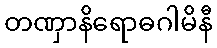
တဏှာနိရောဓဂါမိနီ